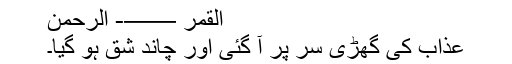
القمر ——- الرحمٰن
عذاب کی گھڑی سر پر آ گئی اور چاند شق ہو گیا۔